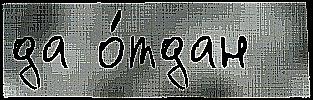
да о́тдан